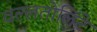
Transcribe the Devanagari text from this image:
वल्लतोलिंटे